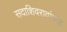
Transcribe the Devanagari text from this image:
सदाशिवरावांच्या